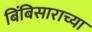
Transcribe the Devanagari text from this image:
बिंबिसाराच्या